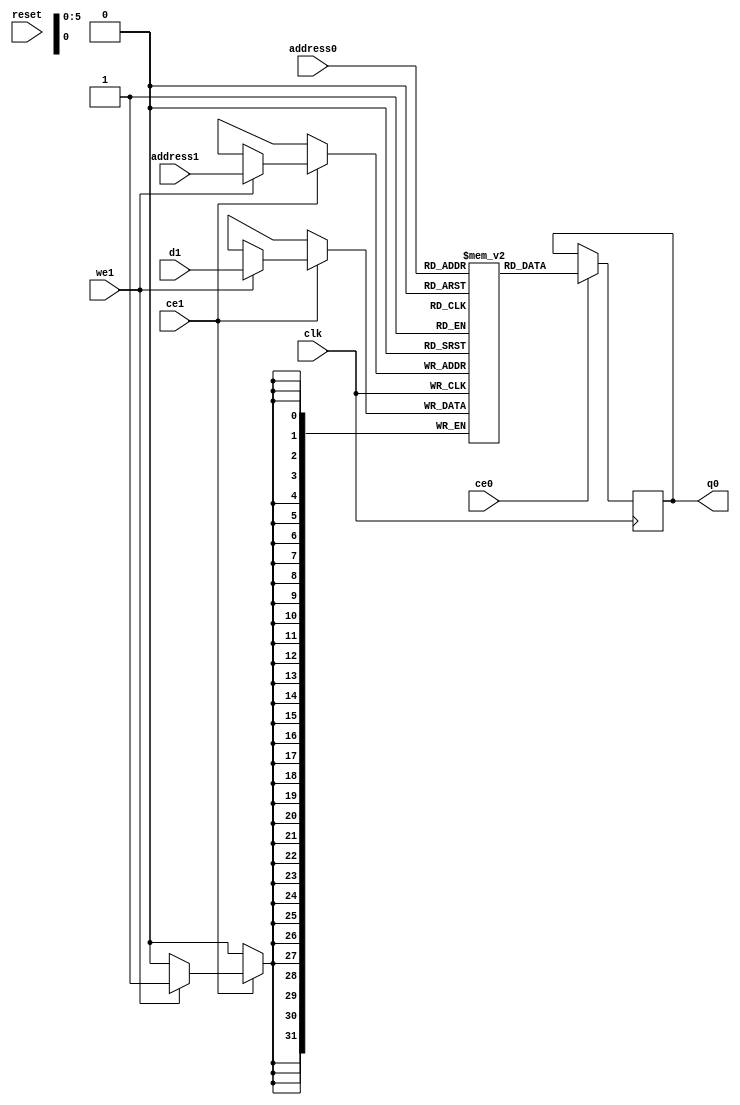
// ==============================================================
// Vitis HLS - High-Level Synthesis from C, C++ and OpenCL v2022.1 (64-bit)
// Tool Version Limit: 2022.04
// Copyright 1986-2022 Xilinx, Inc. All Rights Reserved.
// ==============================================================
`timescale 1 ns / 1 ps
module ConvolutionInputGenerator_3_ConvolutionInputGenerator_3u_32u_8u_5u_3u_4u_1u_ap_resource_lutram_s_inputBufbkb (address0, ce0, q0, address1, ce1, d1, we1,  reset,clk);

parameter DataWidth = 32;
parameter AddressWidth = 6;
parameter AddressRange = 40;

input[AddressWidth-1:0] address0;
input ce0;
output reg[DataWidth-1:0] q0;
input[AddressWidth-1:0] address1;
input ce1;
input[DataWidth-1:0] d1;
input we1;
input reset;
input clk;

(* ram_style = "distributed" *)reg [DataWidth-1:0] ram[0:AddressRange-1];




always @(posedge clk)  
begin 
    if (ce0) begin
        q0 <= ram[address0];
    end
end


always @(posedge clk)  
begin 
    if (ce1) begin
        if (we1) 
            ram[address1] <= d1; 
    end
end


endmodule